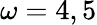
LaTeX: \omega=4,5